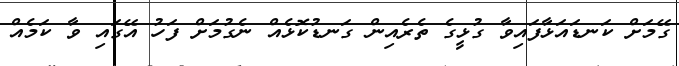
ގޭމަށް ކަނޑައަޅާފައިވާ ގުޅީގެ ތެރެއިން ގަނޑުކޮޅެއް ނެގުމަށް ފަހު އޭގައި ވާ ކަމެއް